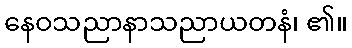
နေဝသညာနာသညာယတနံ၊ ၏။